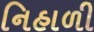
નિહાળી